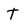
Character: t